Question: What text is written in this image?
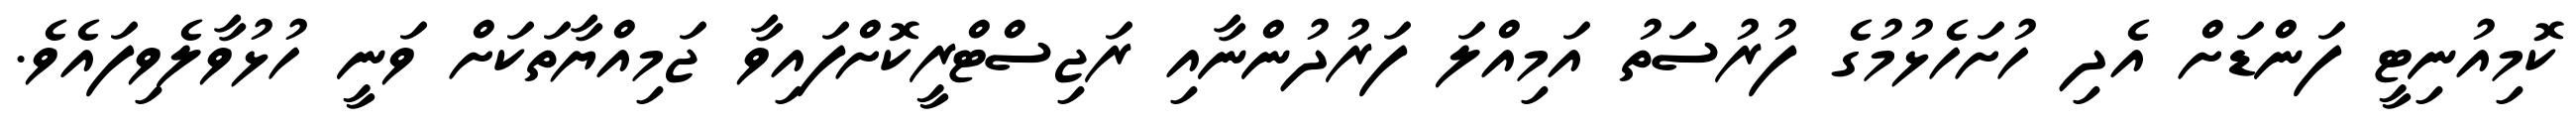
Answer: ކޮމިއުނިޓީ ފަންޑަށް އެދި ހުށަހެޅުމުގެ ފުރުސަތު އަމިއްލަ ފަރުދުންނާއި ރަޖިސްޓްރީކޮށްފައިވާ ޖަމިއްޔާތަކަށް ވަނީ ހުޅުވާލެވިފައެވެ.